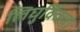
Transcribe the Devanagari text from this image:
लिघुक्किंवा